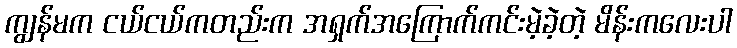
ကျွန်မက ငယ်ငယ်ကတည်းက အရှက်အကြောက်ကင်းမဲ့ခဲ့တဲ့ မိန်းကလေးပါ